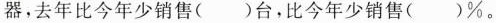
器，去年比今年少销售（ ）台，比今年少销售（ ）%。